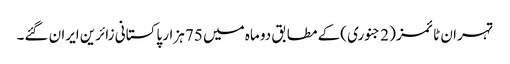
تہران ٹائمز ( 2 جنوری )کے مطابق دو ماہ میں 75 ہزار پاکستانی زائرین ایران گئے۔